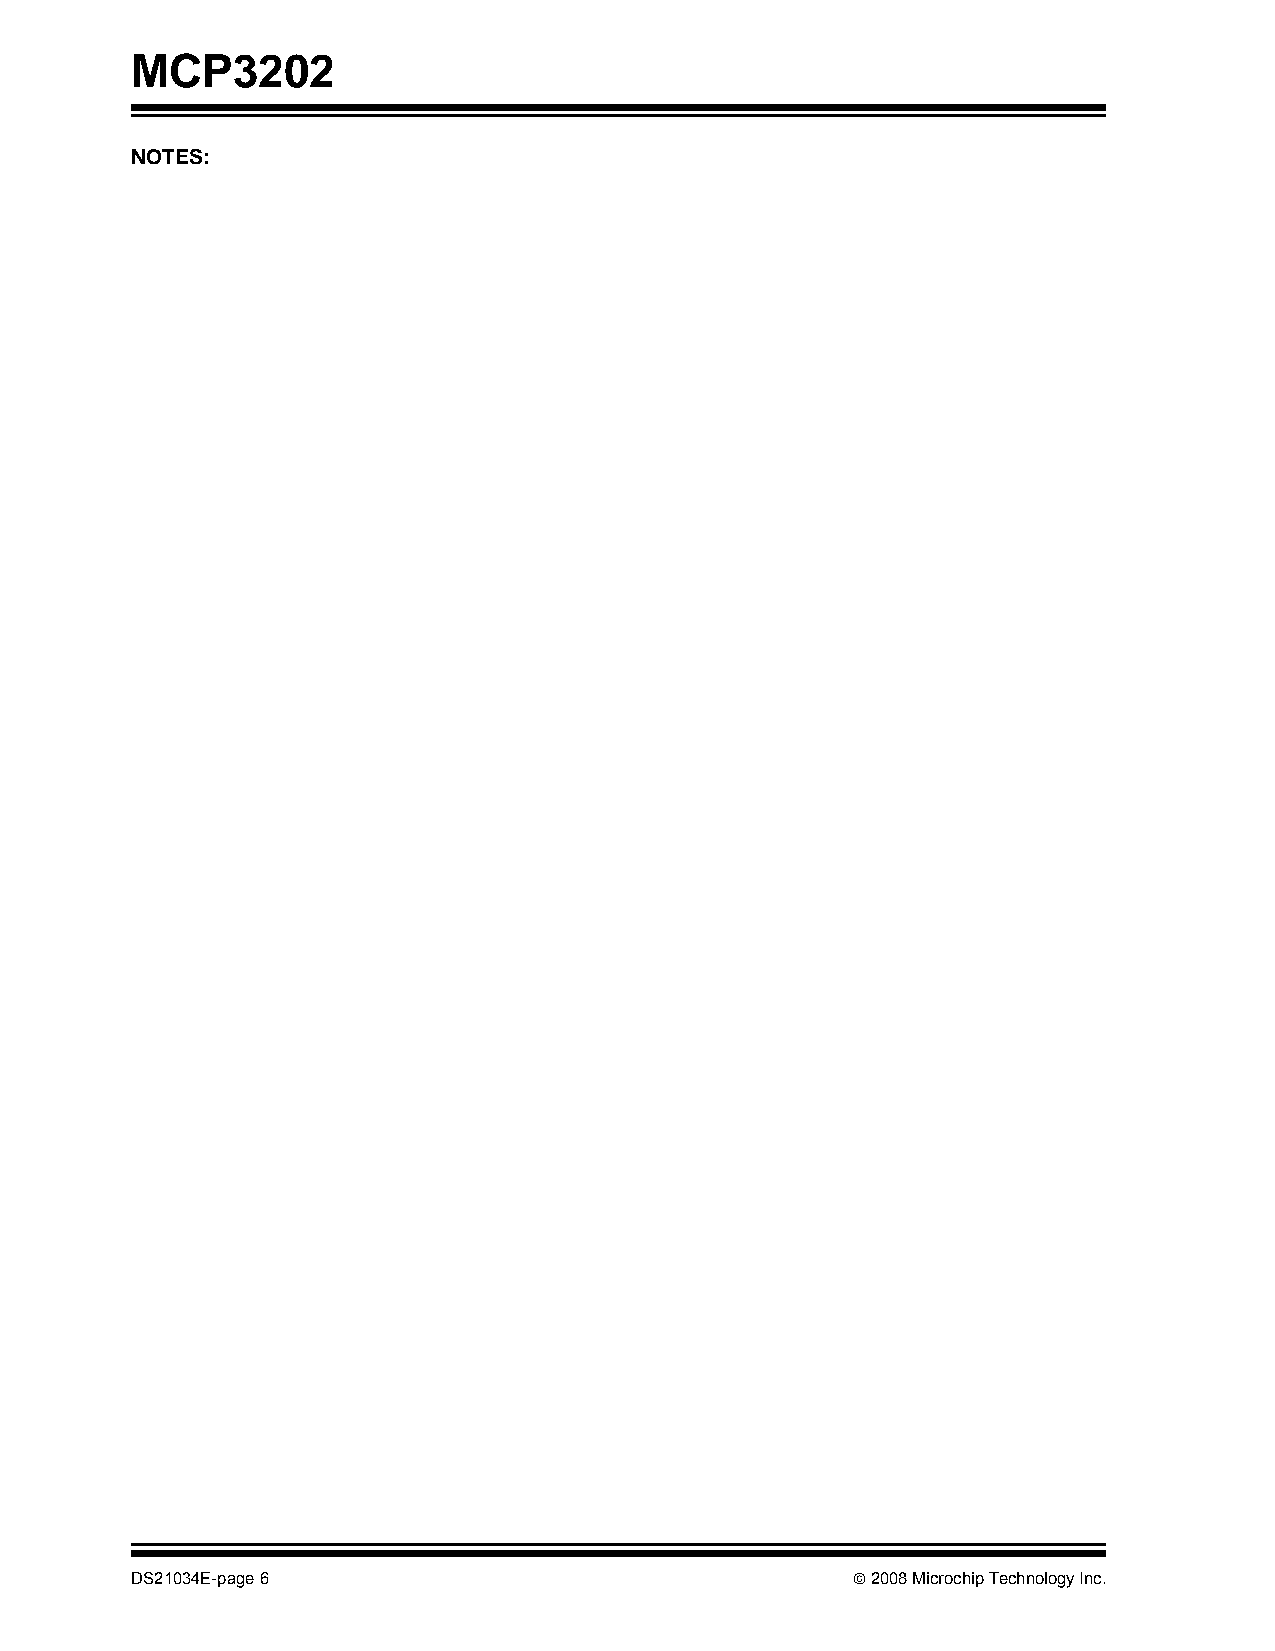
MCP3202
 NOTES:
 DS21034E-page 6                                © 2008 Microchip Technology Inc.